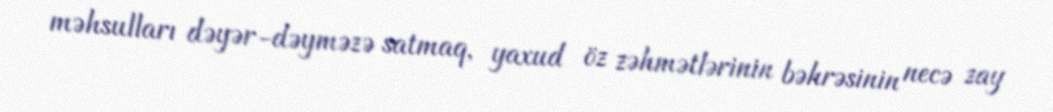
məhsulları dəyər-dəyməzə satmaq, yaxud öz zəhmətlərinin bəhrəsinin necə zay